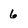
Character: 6